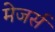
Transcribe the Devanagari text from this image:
मेजर्स